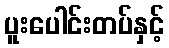
ပူးပေါင်းတပ်နှင့်